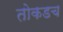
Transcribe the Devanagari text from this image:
तोकडच